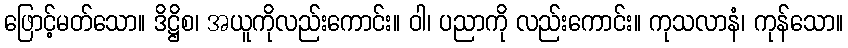
ဖြောင့်မတ်သော။ ဒိဋ္ဌိစ၊ အယူကိုလည်းကောင်း။ ဝါ၊ ပညာကို လည်းကောင်း။ ကုသလာနံ၊ ကုန်သော။